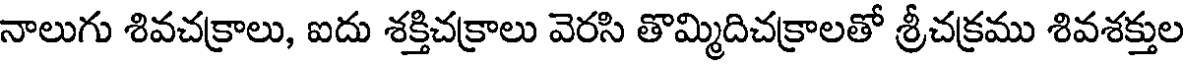
నాలుగు శివచక్రాలు, ఐదు శక్తిచక్రాలు వెరసి తొమ్మిదిచక్రాలతో శ్రీచక్రము శివశక్తుల